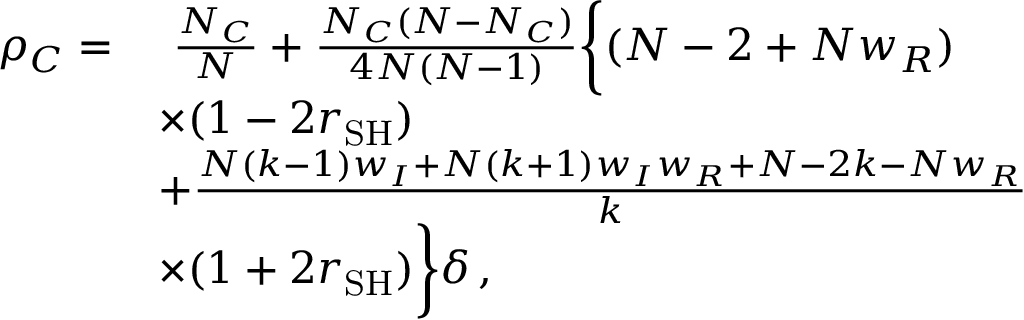
\begin{array} { r l } { \rho _ { C } = } & { ~ \frac { N _ { C } } { N } + \frac { N _ { C } ( N - N _ { C } ) } { 4 N ( N - 1 ) } \bigg \{ ( N - 2 + N w _ { R } ) } \\ & { \times ( 1 - 2 r _ { \mathrm { S H } } ) } \\ & { + \frac { N ( k - 1 ) w _ { I } + N ( k + 1 ) w _ { I } w _ { R } + N - 2 k - N w _ { R } } { k } } \\ & { \times ( 1 + 2 r _ { \mathrm { S H } } ) \bigg \} \delta \, , } \end{array}